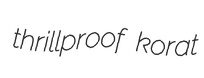
thrillproof korat